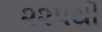
૨૨પથી